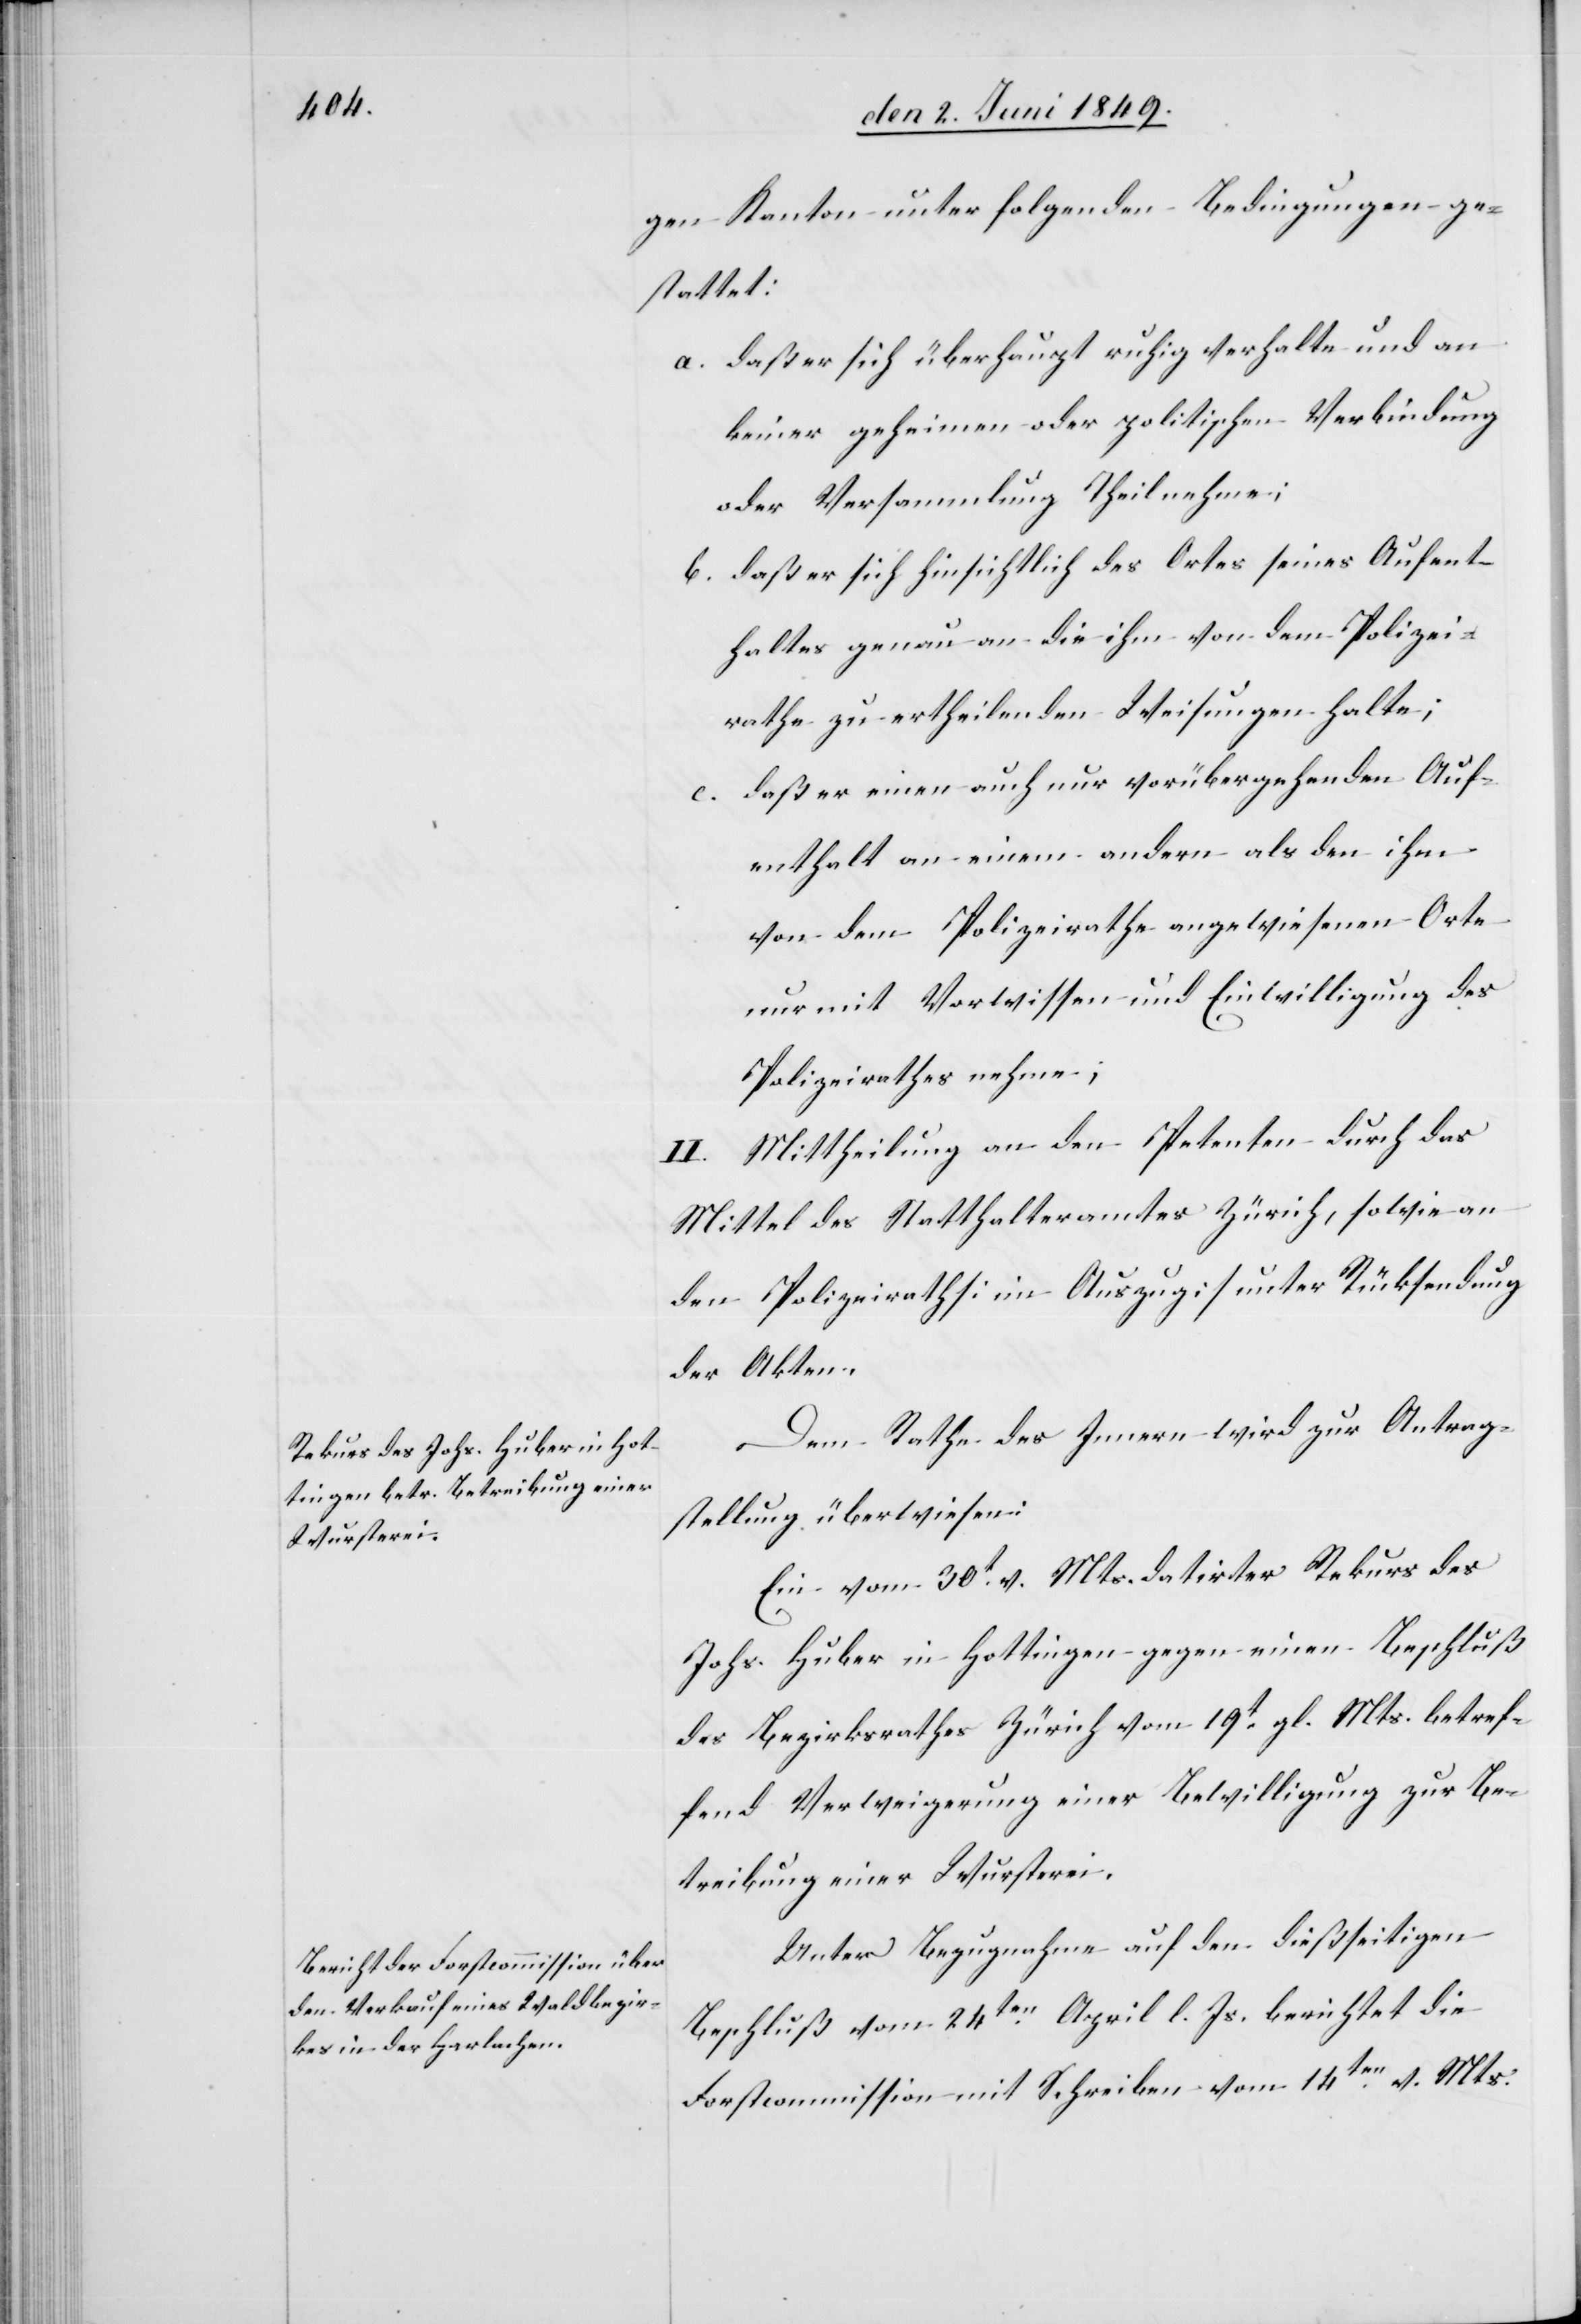
gen Kanton unter folgende Bedingungen ge¬
stattet:
a. daß er sich überhaupt ruhig verhalte und an
keiner geheimen oder politischen Verbindung
oder Versammlung Theil nehme;
b. daß er sich hinsichtlich des Ortes seines Aufent¬
haltes genau an die ihm von dem Polizei¬
rathe zu ertheilenden Weisungen halte;
c. daß er einen auch nur vorübergehenden Auf¬
enthalt an einem andern als den ihm
von dem Polizeirathe angewiesenen Orte
nur mit Vorwissen und Einwilligung des
Polizeirathes nehme;
II. Mittheilung an den Petenten durch das
Mittel des Statthalteramtes Zürich, sowie an
den Polizeirath [im Auszug] unter Rücksendung
der Akten.
Dem Rathe des Innern wird zur Antrag¬
stellung überwiesen:
Ein vom 30t v. Mts. datirter Rekurs des
Johs. Huber in Hottingen gegen einen Beschluß
des Bezirksrathes Zürich vom 19t gl. Mts. betref¬
fend Verweigerung einer Bewilligung zur Be¬
treibung einer Wursterei.
Unter Bezugnahme auf den dießseitigen
Beschluß vom 24ten April l. Js. berichtet die
Forstcommission mit Schreiben vom 14ten v. Mts.